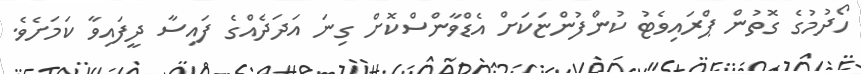
ހޯދުމުގެ ގޮތުން ޕްރައިވެޓު ކުންފުންޏަކަށް އެޑްވާންސްކޮށް ގިނަ އަދަދެއްގެ ފައިސާ ދީފައިވާ ކަމަށެވެ.